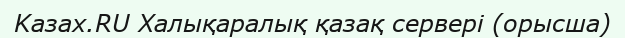
Kaзах.RU Халықаралық қазақ сервері (орысша)